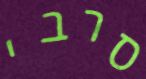
סרבי